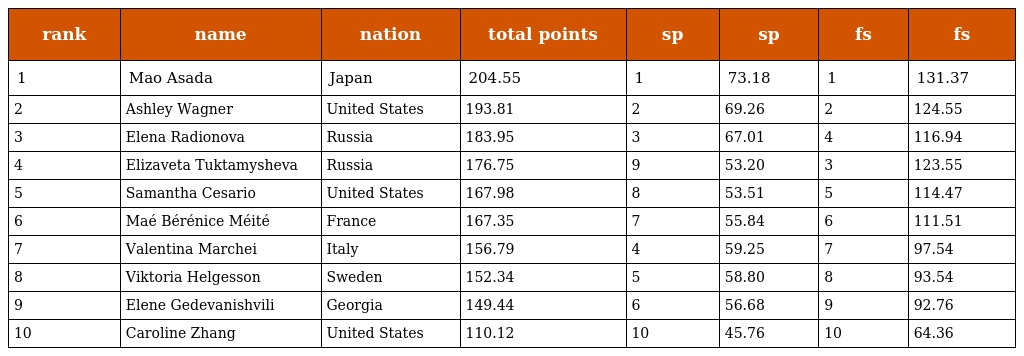
| rank | name | nation | total points | sp | sp | fs | fs |
 | --- | --- | --- | --- | --- | --- | --- | --- |
 | 1 | Mao Asada | Japan | 204.55 | 1 | 73.18 | 1 | 131.37 |
 | 2 | Ashley Wagner | United States | 193.81 | 2 | 69.26 | 2 | 124.55 |
 | 3 | Elena Radionova | Russia | 183.95 | 3 | 67.01 | 4 | 116.94 |
 | 4 | Elizaveta Tuktamysheva | Russia | 176.75 | 9 | 53.20 | 3 | 123.55 |
 | 5 | Samantha Cesario | United States | 167.98 | 8 | 53.51 | 5 | 114.47 |
 | 6 | Maé Bérénice Méité | France | 167.35 | 7 | 55.84 | 6 | 111.51 |
 | 7 | Valentina Marchei | Italy | 156.79 | 4 | 59.25 | 7 | 97.54 |
 | 8 | Viktoria Helgesson | Sweden | 152.34 | 5 | 58.80 | 8 | 93.54 |
 | 9 | Elene Gedevanishvili | Georgia | 149.44 | 6 | 56.68 | 9 | 92.76 |
 | 10 | Caroline Zhang | United States | 110.12 | 10 | 45.76 | 10 | 64.36 |